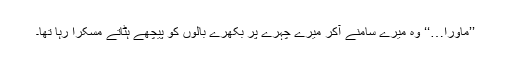
’’ماورا…‘‘ وہ میرے سامنے آکر میرے چہرے پر بکھرے بالوں کو پیچھے ہٹاتے مسکرا رہا تھا۔